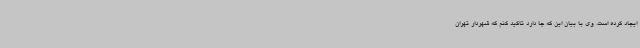
ایجاد کرده است. وی با بیان این که جا دارد تاکید کنم که شهردار تهران